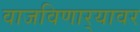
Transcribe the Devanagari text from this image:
वाजविणार्‍यावर